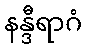
နန္ဒီရာဂံ